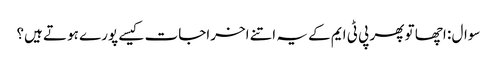
سوال : اچھا تو پھر پی ٹی ایم کے یہ اتنے اخراجات کیسے پورے ہوتے ہیں؟